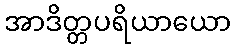
အာဒိတ္တပရိယာယော